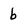
Character: b